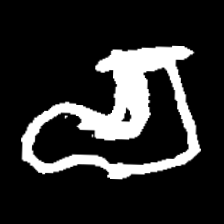
Pyu character \u2014 Myanmar letter: စ (romanized: ca)